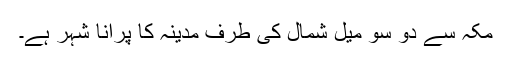
مکہ سے دو سو میل شمال کی طرف مدینہ کا پرانا شہر ہے۔